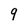
Character: 9